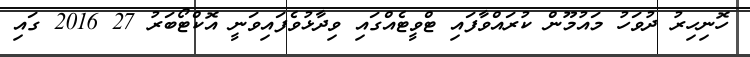
ހޮނިހިރު ދުވަހު މައުމޫން ކުރައްވާފައި ޓްވީޓެއްގައި ވިދާޅުވެފައިވަނީ އޮކްޓޯބަރު 27 2016 ގައި